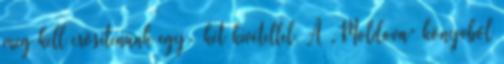
meg kell erősítenünk egy- két kivétellel. A „Moldova” könyvből